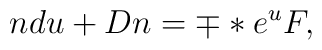
n du +D n = \mp *e\sp{u} F,